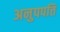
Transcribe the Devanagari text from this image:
अनुपपत्ति